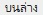
บนล่าง